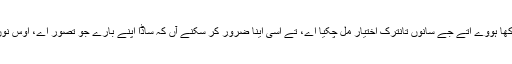
جے کم ویلے شکشا بارے سوچنا اوکھا ہووے اتے جے سانوں تانترک اختیار مل چُکیا اے، تے اسی اینا ضرور کر سکنے آں کہ ساڈا اپنے بارے جو تصور اے، اوس نوں بدلن دی کوشش کرنی چاہیدی اے۔